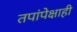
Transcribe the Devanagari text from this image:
तपांपेक्षाही